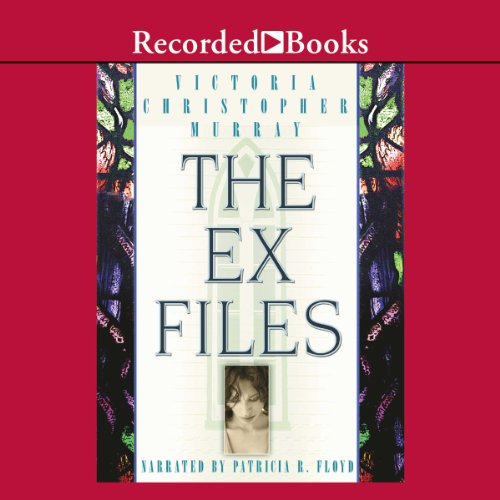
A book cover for The Ex Files: A Novel about Four Women and Faith; Victoria Christopher Murray; Literature & Fiction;